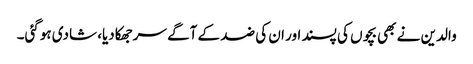
والدین نے بھی بچوں کی پسند اور ان کی ضد کے آگے سرجھکادیا، شادی ہوگئی۔